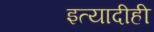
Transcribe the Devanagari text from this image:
इत्यादीही